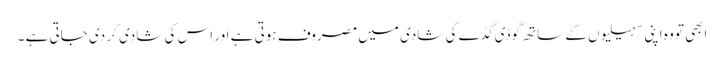
ابھی تو وہ اپنی سہیلیوں کے ساتھ گوڈی گڈے کی شادی میں مصروف ہوتی ہے اور اس کی شادی کر دی جاتی ہے ۔